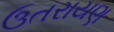
ઉતરાયણ